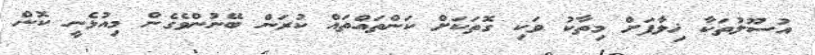
އުސޫލުތަކާ ޚިލާފަށް މިތާކު ވަކި ގޮތަކަށް ކަންތައްތައް ކުރަން ބޭނުންވެގެން މިއުޅެނީ ކޮން